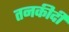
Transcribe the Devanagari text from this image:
तनकीदी